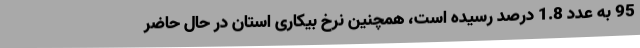
95 به عدد 1.8 درصد رسیده است، همچنین نرخ بیکاری استان در حال حاضر